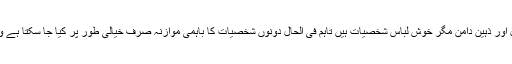
اگرچہ بھٹو اور بلاول دونوں آکسفورڈ کے تعلیم یافتہ، آزاد خیال اور ذہین دامن مگر خوش لباس شخصیات ہیں تاہم فی الحال دونوں شخصیات کا باہمی موازنہ صرف خیالی طور پر کیا جا سکتا ہے ورنہ ادب و احترام اور اخلاقیات کے تقاضے پورے نہیں ہوتے۔